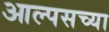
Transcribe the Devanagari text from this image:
आल्पसच्या